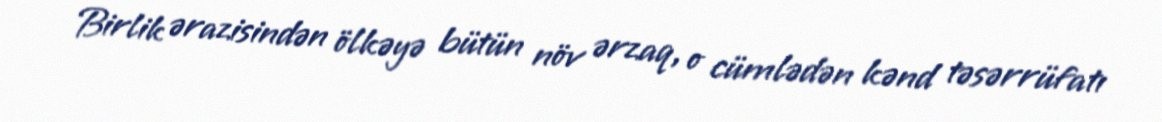
Birlik ərazisindən ölkəyə bütün növ ərzaq, o cümlədən kənd təsərrüfatı